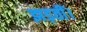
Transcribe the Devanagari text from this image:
झड़तीं।